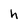
Character: h